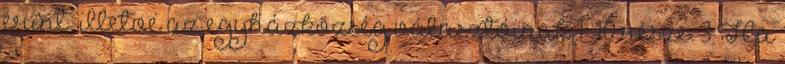
érint, illetve az egyházközség választóinak 1 10 része. 3 Ha